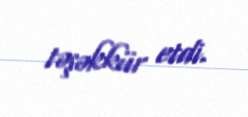
təşəkkür etdi.